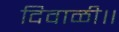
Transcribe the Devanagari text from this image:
दिवाळी॥